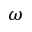
\omega